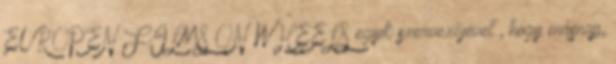
EUROPEN FILMS ON WHEELS egyik szervezőjével , hogy másnap,